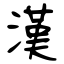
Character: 漢